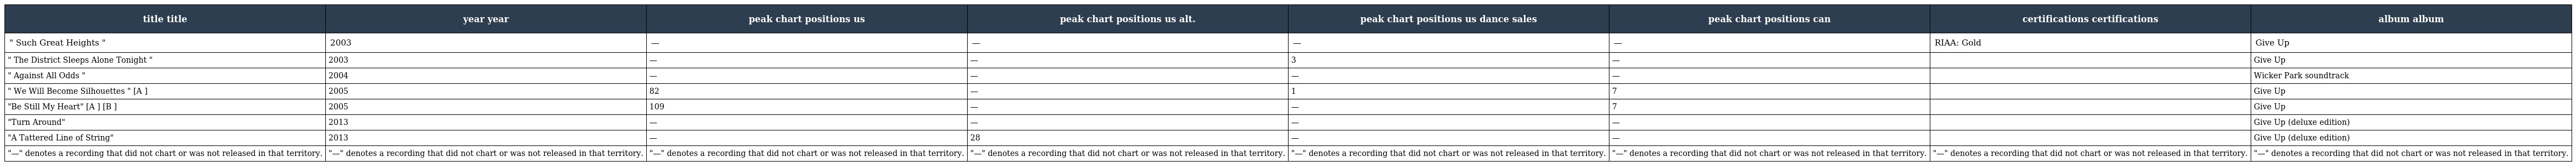
| title title | year year | peak chart positions us | peak chart positions us alt. | peak chart positions us dance sales | peak chart positions can | certifications certifications | album album |
 | --- | --- | --- | --- | --- | --- | --- | --- |
 | " Such Great Heights " | 2003 | — | — | — | — | RIAA: Gold | Give Up |
 | " The District Sleeps Alone Tonight " | 2003 | — | — | 3 | — |  | Give Up |
 | " Against All Odds " | 2004 | — | — | — | — |  | Wicker Park soundtrack |
 | " We Will Become Silhouettes " [A ] | 2005 | 82 | — | 1 | 7 |  | Give Up |
 | "Be Still My Heart" [A ] [B ] | 2005 | 109 | — | — | 7 |  | Give Up |
 | "Turn Around" | 2013 | — | — | — | — |  | Give Up (deluxe edition) |
 | "A Tattered Line of String" | 2013 | — | 28 | — | — |  | Give Up (deluxe edition) |
 | "—" denotes a recording that did not chart or was not released in that territory. | "—" denotes a recording that did not chart or was not released in that territory. | "—" denotes a recording that did not chart or was not released in that territory. | "—" denotes a recording that did not chart or was not released in that territory. | "—" denotes a recording that did not chart or was not released in that territory. | "—" denotes a recording that did not chart or was not released in that territory. | "—" denotes a recording that did not chart or was not released in that territory. | "—" denotes a recording that did not chart or was not released in that territory. |